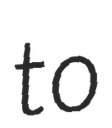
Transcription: to